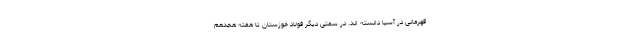
قهرمانی در آسیا دانسته اند. در سمتی دیگر فولاد خوزستان تا هفته هجدهم